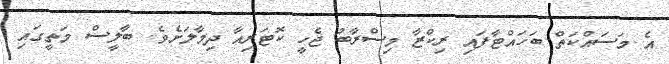
އެ މަސައްކަތް ބަހައްޓާފައި ރިކްޒާ މިސްރާބު ޖެހީ ކޮޓަރިއާ ދިމާލަށެވެ. ބާލީސް މަތީގައި